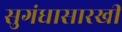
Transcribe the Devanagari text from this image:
सुगंधासारखी